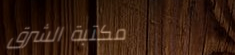
مكتبة الشرق